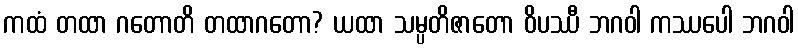
ကထံ တထာ ဂတောတိ တထာဂတော? ယထာ သမ္ပတိဇာတော ဝိပဿီ ဘဂဝါ ကဿပေါ ဘဂဝါ